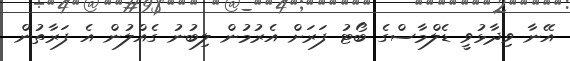
އޭނާ ވިދާޅުވީ ޑެލްމާސްގެ ބޯޓު ފަރަށް އެރުމުން ލިބުނު ގެއްލުން އެ ފަރާތުން